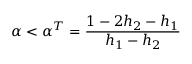
\alpha < \alpha ^ { T } = \frac { 1 - 2 h _ { 2 } - h _ { 1 } } { h _ { 1 } - h _ { 2 } }